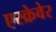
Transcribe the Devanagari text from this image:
एस्क्रेवेर